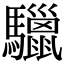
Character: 𩧆